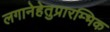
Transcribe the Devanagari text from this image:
लगानेहेतुप्रारम्भिक